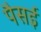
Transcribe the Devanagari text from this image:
पैसई